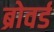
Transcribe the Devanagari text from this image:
ब्रोवर्ड